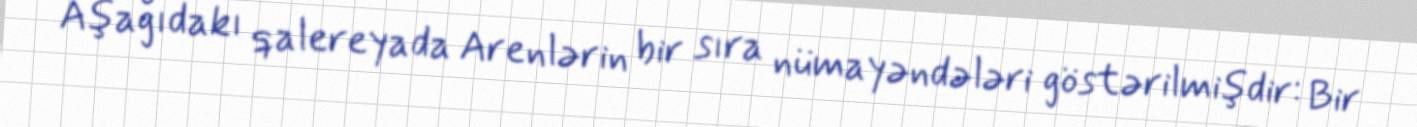
Aşağıdakı qalereyada Arenlərin bir sıra nümayəndələri göstərilmişdir: Bir